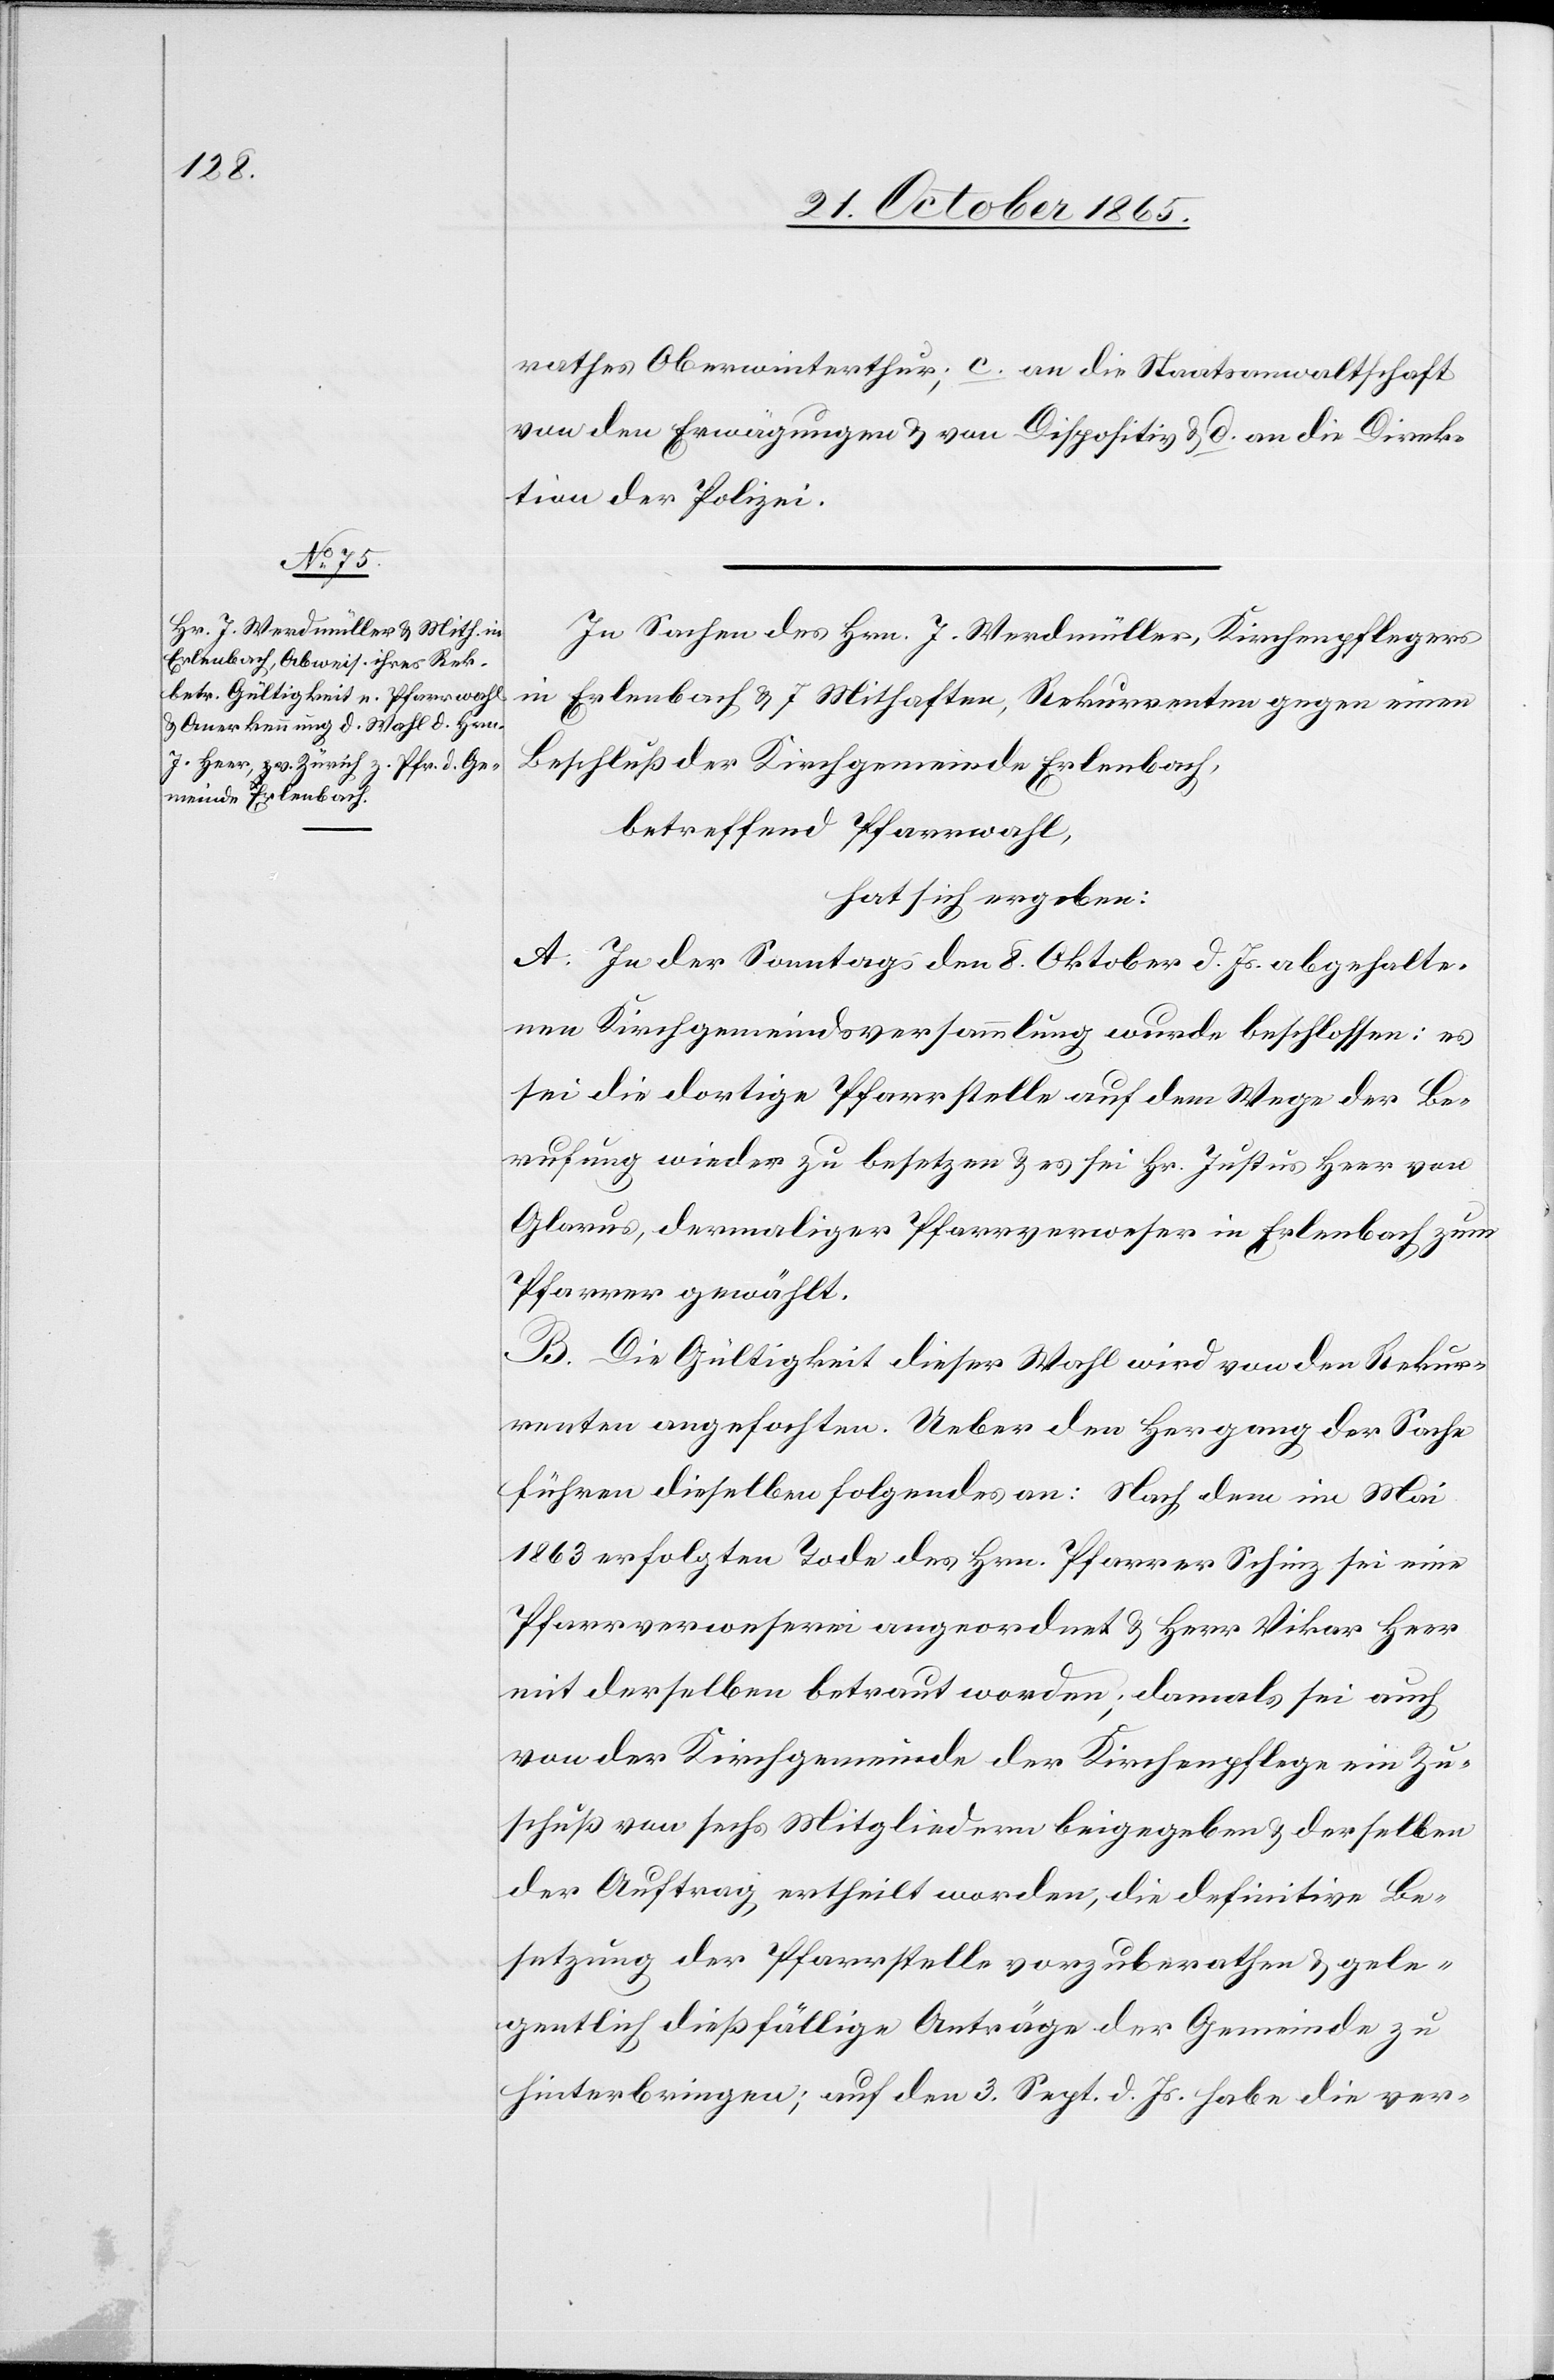
rathes Oberwinterthur; c. an die Staatsanwaltschaft
von den Erwägungen & von Dispositiv & d. an die Direk¬
tion der Polizei.
In Sachen des Hrn. J. Werdmüller, Kirchenpflegers
in Erlenbach & 7 Mithaften, Rekurrenten gegen einen
Beschluß der Kirchgemeinde Erlenbach,
betreffend Pfarrwahl,
hat sich ergeben:
A. In der Sonntags den 8. Oktober d. Js. abgehalte¬
nen Kirchgemeindsversammlung wurde beschlossen: es
sei die dortige Pfarrstelle auf dem Wege der Be¬
rufung wieder zu besetzen & es sei Hr. Justus Heer von
Pfarrer gewählt.
B. Die Gültigkeit dieser Wahl wird von den Rekur¬
renten angefochten. Ueber den Hergang der Sache
führen dieselben folgendes an: Nach dem im Mai
1863 erfolgten Tode des Hrn. Pfarrer Schinz sei eine
Pfarrverweserei angeordnet & Herr Vikar Heer
mit derselben betraut worden; damals sei auch
von der Kirchgemeinde der Kirchenpflege ein Zu¬
schuß von sechs Mitgliedern beigegeben & derselben
der Auftrag ertheilt worden, die definitive Be¬
setzung der Pfarrstelle vorzuberathen & gele¬
gentlich dießfällige Anträge der Gemeinde zu
hinterbringen; auf den 3. Sept. d. Js. habe die ver-